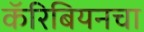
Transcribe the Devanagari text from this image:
कॅरिबियनचा